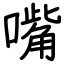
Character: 嘴